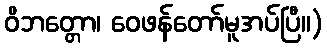
ဝိဘတ္တော၊ ဝေဖန်တော်မူအပ်ပြီ။)